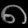
Digit: ၈